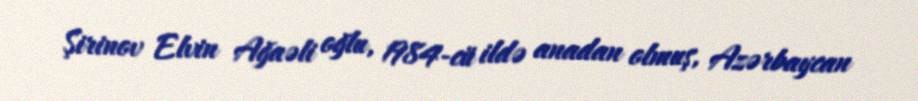
Şirinov Elvin Ağaəli oğlu, 1984-cü ildə anadan olmuş, Azərbaycan